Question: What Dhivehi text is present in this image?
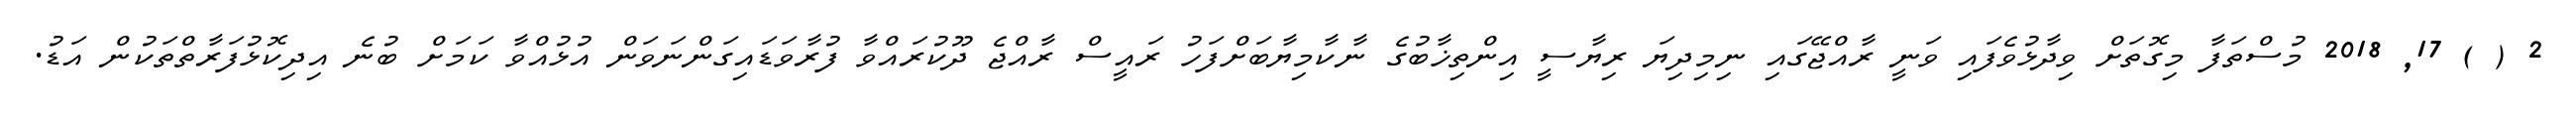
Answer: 2 ( ) 17, 2018 މުސްތަފާ މިގޮތަށް ވިދާޅުވެފައި ވަނީ ރާއްޖޭގައި ނިމިދިޔަ ރިޔާސީ އިންތިޚާބުގެ ނާކާމިޔާބަށްފަހު ރައީސް ރާއްޖެ ދޫކުރައްވާ ފުރާވަޑައިގަންނަވަން އުޅުއްވާ ކަމަށް ބުނެ އިދިކޮޅުފަރާތްތަކުން އަޑު.